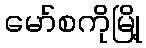
မော်စကိုမြို့